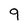
Character: 9